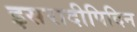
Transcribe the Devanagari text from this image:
इसरादीपिदिन